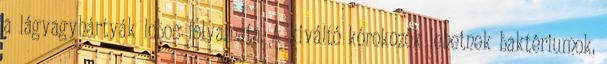
a lágyagyhártyák lobos folyamata. A kiváltó kórokozók lehetnek baktériumok,